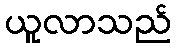
ယူလာသည်